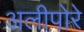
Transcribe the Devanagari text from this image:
अलीपोरे